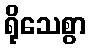
ရိုသေစွာ